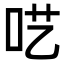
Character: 呓